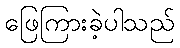
ဖြေကြားခဲ့ပါသည်